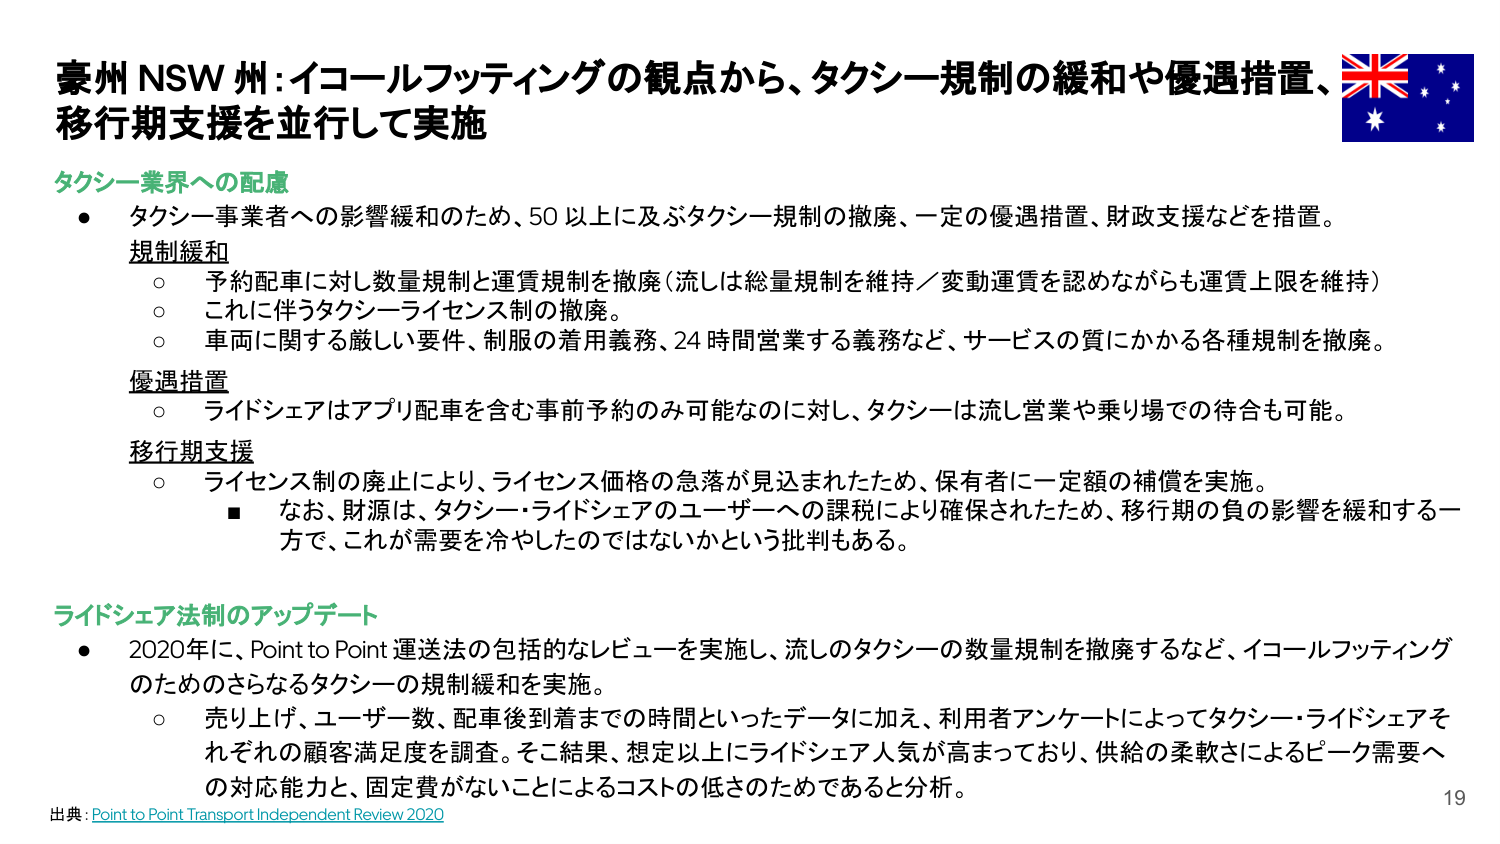
豪州 NSW 州：イコールフッティングの観点から、タクシー規制の緩和や優遇措置、移行期支援を並行して実施

タクシー業界への配慮
● タクシー事業者への影響緩和のため、50 以上に及ぶタクシー規制の撤廃、一定の優遇措置、財政支援などを措置。
　規制緩和
　○ 予約配車に対し数量規制と運賃規制を撤廃（流しは総量規制を維持／変動運賃を認めながらも運賃上限を維持）
　○ これに伴うタクシーライセンス制の撤廃。
　○ 車両に関する厳しい要件、制服の着用義務、24 時間営業する義務など、サービスの質にかかる各種規制を撤廃。
　優遇措置
　○ ライドシェアはアプリ配車を含む事前予約のみ可能なのに対し、タクシーは流し営業や乗り場での待合も可能。
　移行期支援
　○ ライセンス制の廃止により、ライセンス価格の急落が見込まれたため、保有者に一定額の補償を実施。
　　■ なお、財源は、タクシー・ライドシェアのユーザーへの課税により確保されたため、移行期の負の影響を緩和する一方で、これが需要を冷やしたのではないかという批判もある。

ライドシェア法制のアップデート
● 2020年に、Point to Point 運送法の包括的なレビューを実施し、流しのタクシーの数量規制を撤廃するなど、イコールフッティングのためのさらなるタクシーの規制緩和を実施。
　○ 売り上げ、ユーザー数、配車後到着までの時間といったデータに加え、利用者アンケートによってタクシー・ライドシェアそれぞれの顧客満足度を調査。そこ結果、想定以上にライドシェア人気が高まっており、供給の柔軟さによるピーク需要への対応能力と、固定費がないことによるコストの低さのためであると分析。

出典：Point to Point Transport Independent Review 2020

19